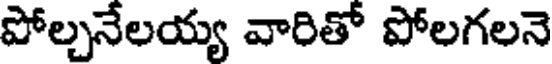
పోల్చనేలయ్య వారితో పోలగలనె